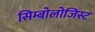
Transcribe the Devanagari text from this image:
सिम्बोलोजिस्ट